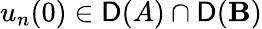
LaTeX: u_{n}(0)\in\mathsf{D}(A)\cap\mathsf{D}(\mathbf{B})